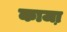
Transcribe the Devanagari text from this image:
काजा़